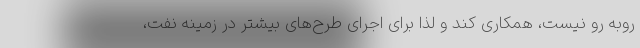
روبه رو نیست، همکاری کند و لذا برای اجرای طرح‌های بیشتر در زمینه نفت،